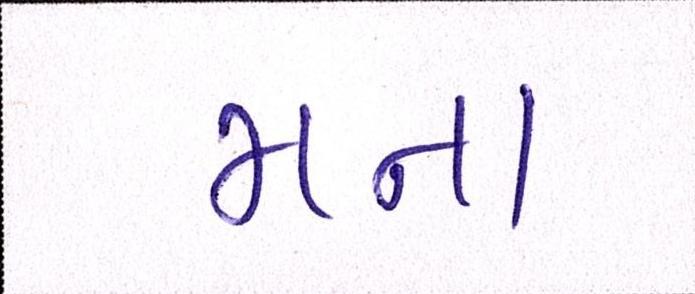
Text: મના